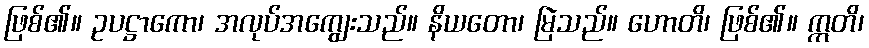
ဖြစ်၏။ ဥပဋ္ဌာကော၊ အလုပ်အကျွေးသည်။ နိယတော၊ မြဲသည်။ ဟောတိ၊ ဖြစ်၏။ ဣတိ၊